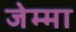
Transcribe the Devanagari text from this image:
जेम्मा